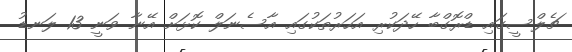
ޗެލްސީގައި ޑްރޮގްބާ ހޭދަކުރި އަހަރުތަކުގައި އާސެނަލް ކޮޅަށް އޭނާ ވަނީ 13 ލަނޑު